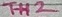
Text: TH2